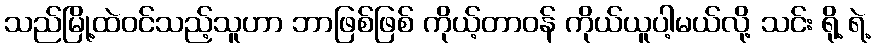
သည်မြို့ထဲဝင်သည့်သူဟာ ဘာဖြစ်ဖြစ် ကိုယ့်တာဝန် ကိုယ်ယူပါ့မယ်လို့ သင်း ရို့ ရဲ့